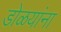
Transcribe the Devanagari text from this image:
डोळयांना